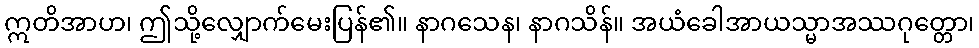
ဣတိအာဟ၊ ဤသို့လျှောက်မေးပြန်၏။ နာဂသေန၊ နာဂသိန်။ အယံခေါအာယသ္မာအဿဂုတ္တော၊